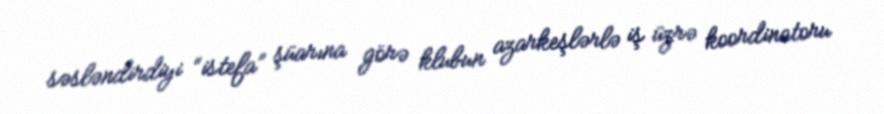
səsləndirdiyi “istefa” şüarına görə klubun azarkeşlərlə iş üzrə koordinatoru